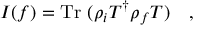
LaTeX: I ( f ) = \mathrm { T r } ~ ( \rho _ { i } { T } ^ { \dag } \rho _ { f } T ) ~ ~ ~ ,